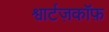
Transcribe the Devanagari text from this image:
श्वार्टज़कॉफ़